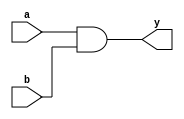
//AND Gate
//Behavioural modelling

module AND_Behavioural(a,b,y);
input a,b;
output y;
reg y;
  
always @(a,b)
y = a & b;

endmodule